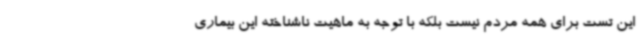
این تست برای همه مردم نیست بلکه با توجه به ماهیت ناشناخته این بیماری